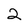
Character: 2